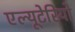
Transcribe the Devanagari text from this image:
एल्यूटेरियो